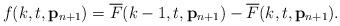
LaTeX: \begin{align*}f(k,t,\mathbf{p}_{n+1}) = \overline{F}(k-1,t,\mathbf{p}_{n+1}) - \overline{F}(k,t,\mathbf{p}_{n+1}).\end{align*}